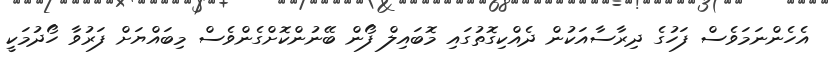
އެހެންނަމަވެސް ފަހުގެ ދިރާސާއަކުން ދެއްކިގޮތުގައި މޮބައިލް ފޯން ބޭނުންކޮށްގެންވެސް މިބައްޔަށް ފަރުވާ ހޯދުމަކީ